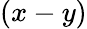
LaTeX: (x-y)